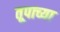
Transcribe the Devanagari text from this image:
तूपाच्या